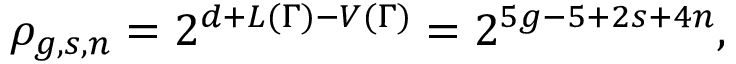
\rho _ { g , s , n } = 2 ^ { d + L ( \Gamma ) - V ( \Gamma ) } = 2 ^ { 5 g - 5 + 2 s + 4 n } ,